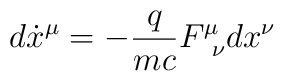
d\dot{x}^{\mu}=-\frac{q}{mc}F^{\mu}_{\,\,\,\nu}d{x}^{\nu}